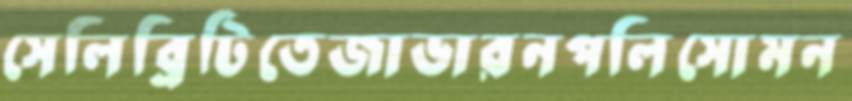
সেলিব্রিটিতেজাভারনপলিসোমন